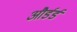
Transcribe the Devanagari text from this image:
और्डर्ड